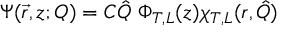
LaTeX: \Psi ( \vec { r } , z ; Q ) = C \hat { Q } \ \Phi _ { T , L } ( z ) \chi _ { T , L } ( r , \hat { Q } )